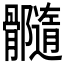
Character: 𩪷